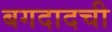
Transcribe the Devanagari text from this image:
बगदादची